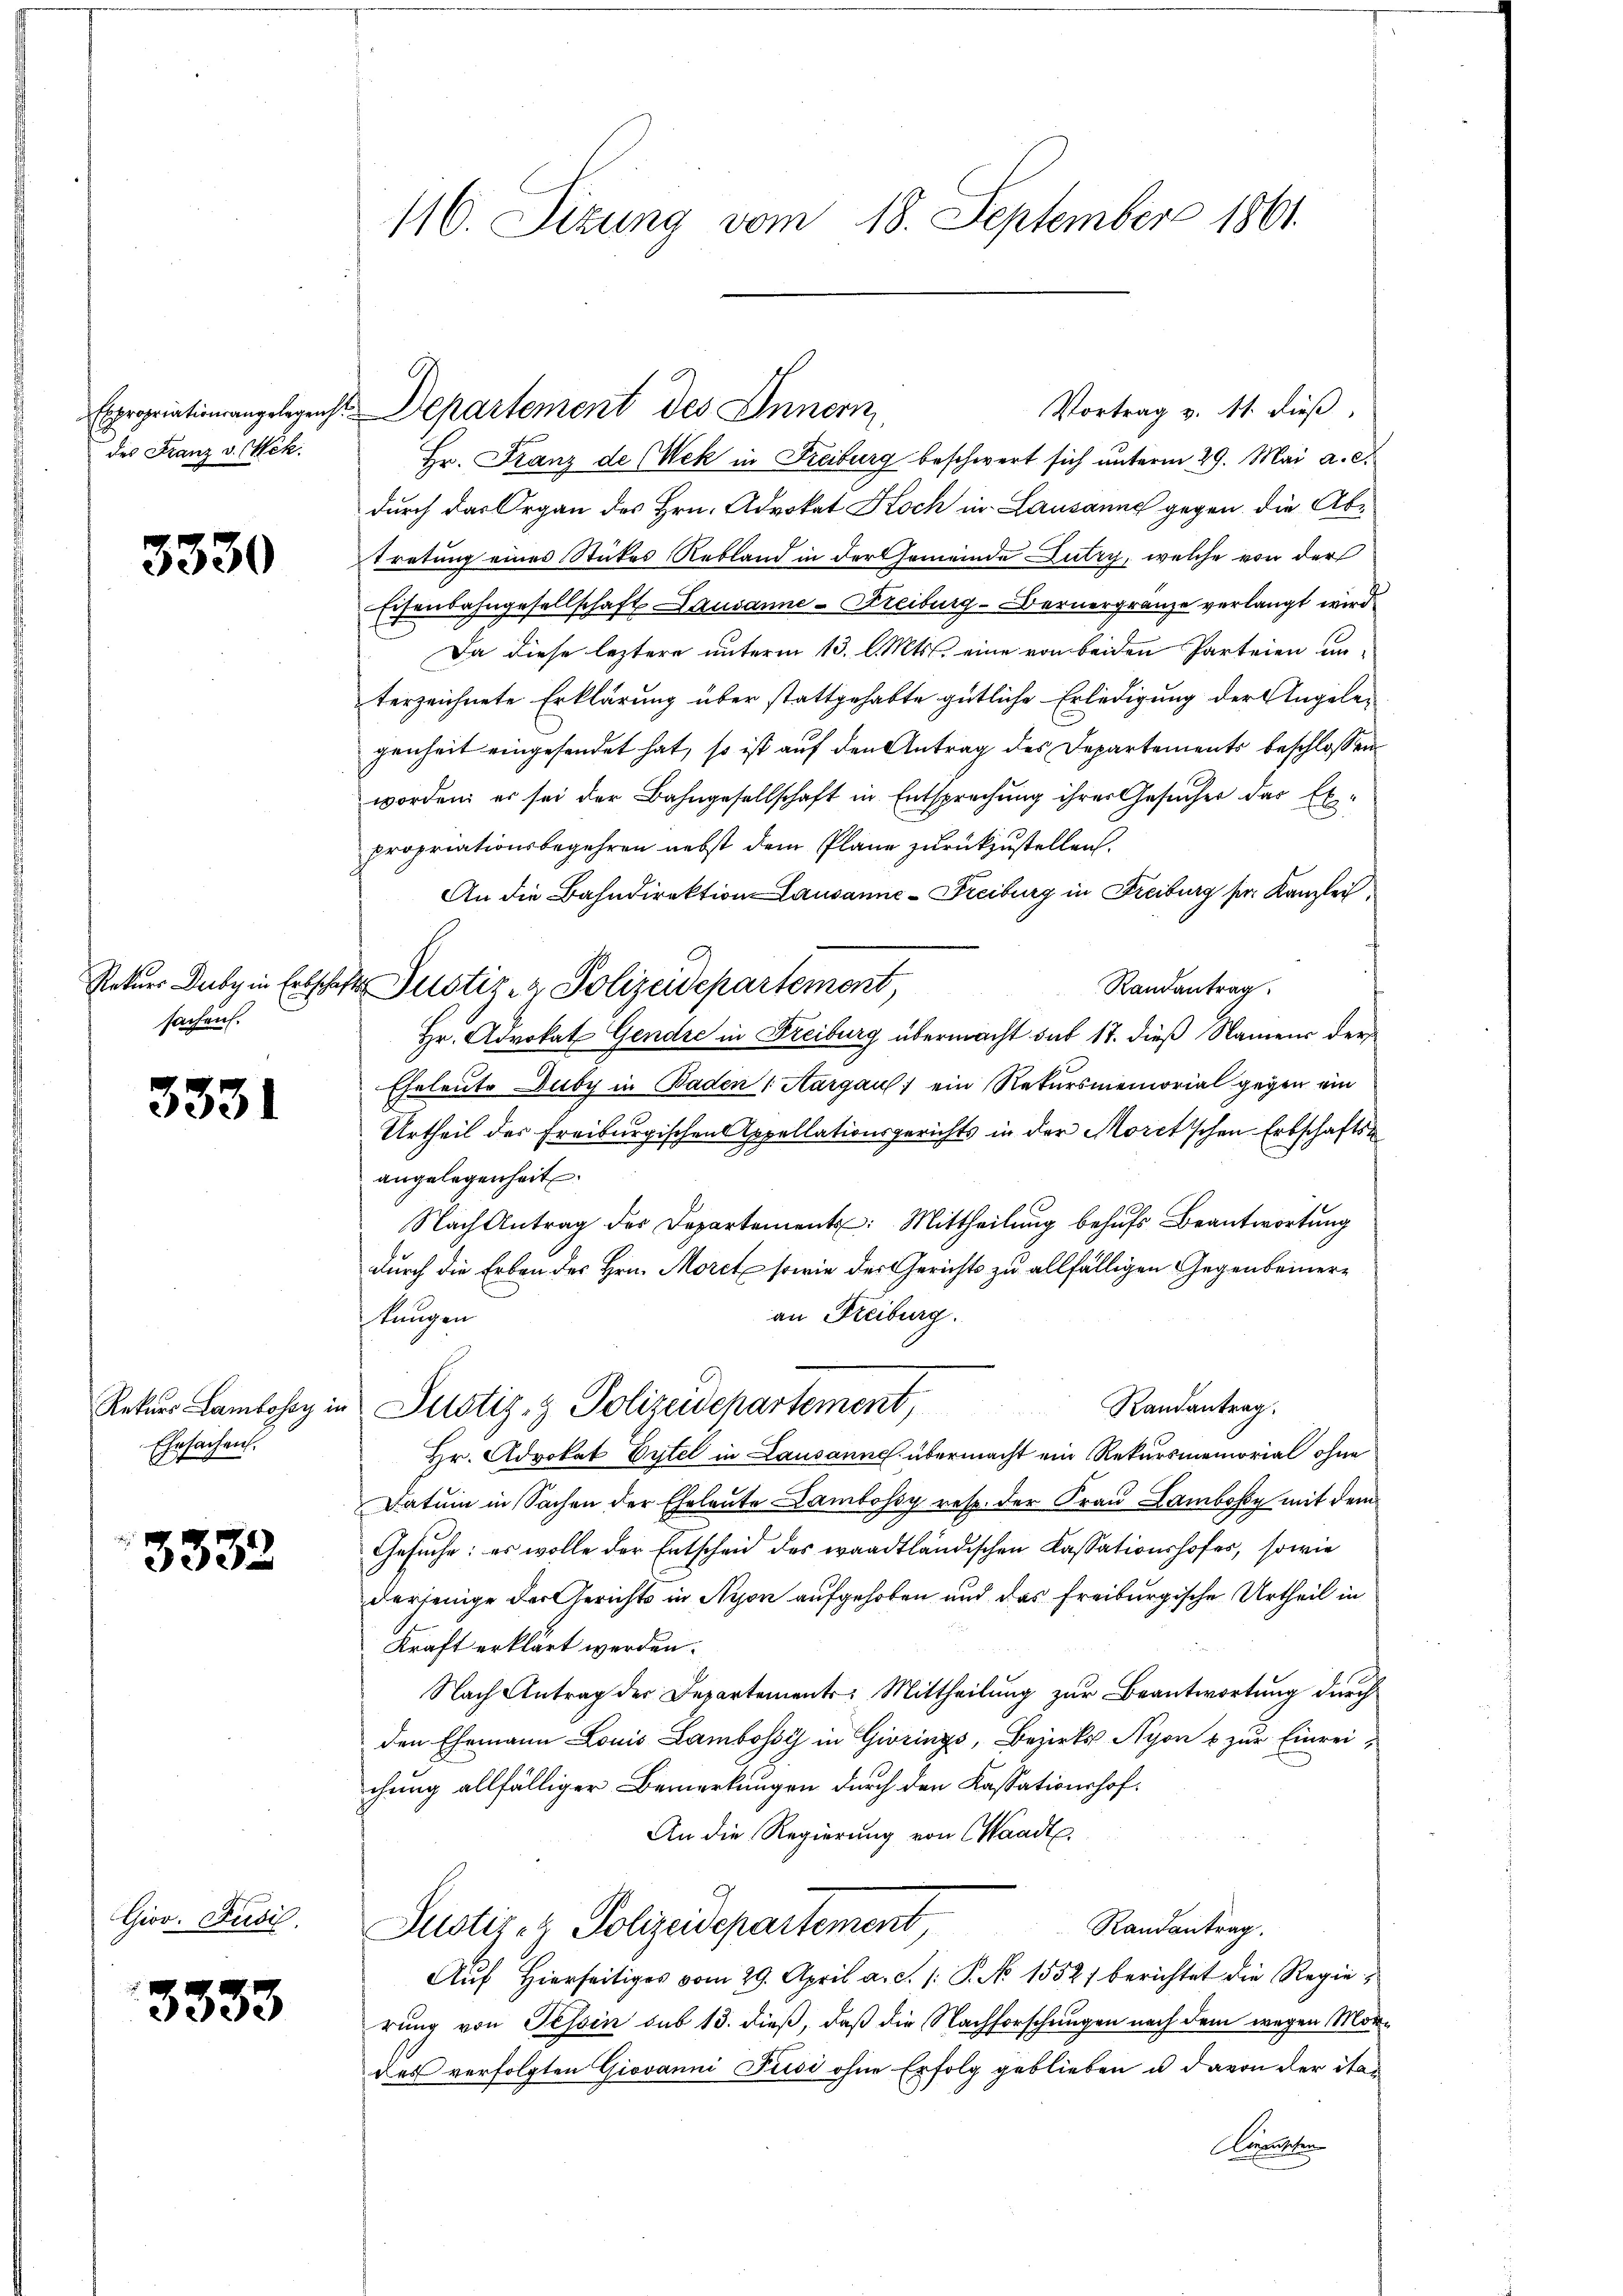
des Franz v. (Wek.

3330

Rekurs Duby in Erbsc
sachen.

3331

Ehesachen.

3332

Giov. Pusić.

3333

116. Sizung vom 18. September 1861.

Expropriation angelegenst Departement des Innern

Hr. Franz de (Wek in Freiburg beschwert sich unterm 29. Mai a. c.
durch das Organ des Hrn. Advokat Koch in Lausanne gegen die Abtretung eines Stückes Rebland in der Gemeinde Lutry, welche von der
Eisenbahngesellschaft Lausanne-Freiburg - Bernergränze verlangt wird
Da diese leztere unterm 13. l. Mts. eine von beiden Parteien unterzeichnete Erklärung über stattgehabte gütliche Erledigung der Angelegenheit eingesendet hat, so ist auf den Antrag des Departements beschlossen.
worden; es sei der Bahngesellschaft in Entsprechung ihrer Gesucher das Expropriationsbegehren nebst dem Plane zurückzustellen.
An die Bahndirektion Lausanne-Freiburg in Freiburg der Kanzlei
Randantrag.
Ihr Justiz- & Polizeidepartement,
Hr. Advokat Gendre in Freiburg übermacht sub 17. dieß Namens der
Eheleute Duby in Baden 1. Aargau, ein Rekursmemorial gegen ein
Urtheil der Freiburgischen Appellationsgerichts in der Moretischen Erbschaftsangelegenheit.
Nach Antrag des Departement: Mittheilung behufs Beantwortung
durch die Erben des Hrn. Morct, sowie der Gerichts zu allfälligen Gegenbeineran Freiburg.
kungen
Randantrag.
Rekur Lamlosig in Pustiz- & Polizeidepartement,
Hr. Advokat Eytel in Lausanne übermacht ein Rekursmemorial ohne
Datum in Sachen der Eheleute Lambossy resp. der Frau Lambosy mit dem
Gesuche: es wolle der Entscheid des waadtländischen Cassationshofes, sowie
derjenige der Gerichts in Nyon aufgehoben und das Freiburgische Urtheil in
Kraft erklärt werden.
Nach Antrag der Departements: Mittheilung zur Beantwortung durch
den Ehemann Louis Lambossy in Girings, Bezirks Nyon & zur Einrei-
chung allfälliger Bemerkungen durch den Kassationshof
An die Regierung von Waadt
Justiz- & Polizeidepartement,
Randantrag.
Auf Hierseitiges vom 29. April a. c. /: P. No 1552) berichtet die Regierung von Tessin sub 13. dieß, daß die Nachforschungen nach dem wegen Mordas verfolgten Giovanni Fusi ohne Erfolg geblieben u davon der Staoaneten

Vortrag v. 11. dieß,